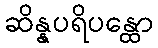
ဆိန္နပရိပန္ထော